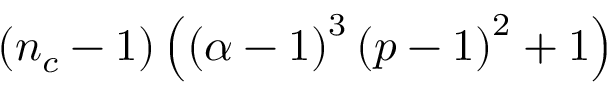
\left( n _ { c } - 1 \right) \left( \left( \alpha - 1 \right) ^ { 3 } \left( p - 1 \right) ^ { 2 } + 1 \right)